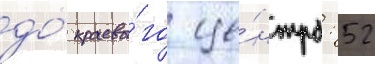
до́ краево́го це́нтра: 52